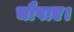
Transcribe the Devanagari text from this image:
चौपाए।